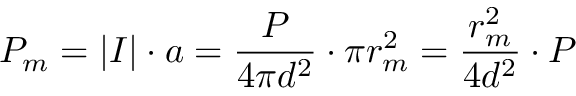
P _ { m } = | I | \cdot a = \frac { P } { 4 \pi d ^ { 2 } } \cdot \pi r _ { m } ^ { 2 } = \frac { r _ { m } ^ { 2 } } { 4 d ^ { 2 } } \cdot P